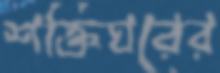
শক্তিঘরের